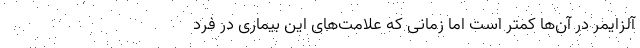
آلزایمر در آن‌ها کمتر است اما زمانی که علامت‌های این بیماری در فرد